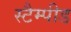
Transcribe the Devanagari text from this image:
स्टैम्पीड